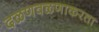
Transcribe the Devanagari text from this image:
दळणवळणाकरता